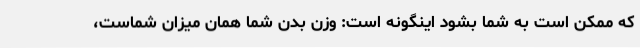
که ممکن است به شما بشود اینگونه است: وزن بدن شما همان میزان شماست،